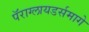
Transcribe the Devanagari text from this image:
पॅराग्लायडर्समागे